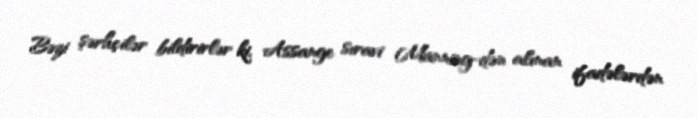
Bəzi şərhçilər bildirirlər ki, Assange sıravi Manning-dən alınan ifadələrdən